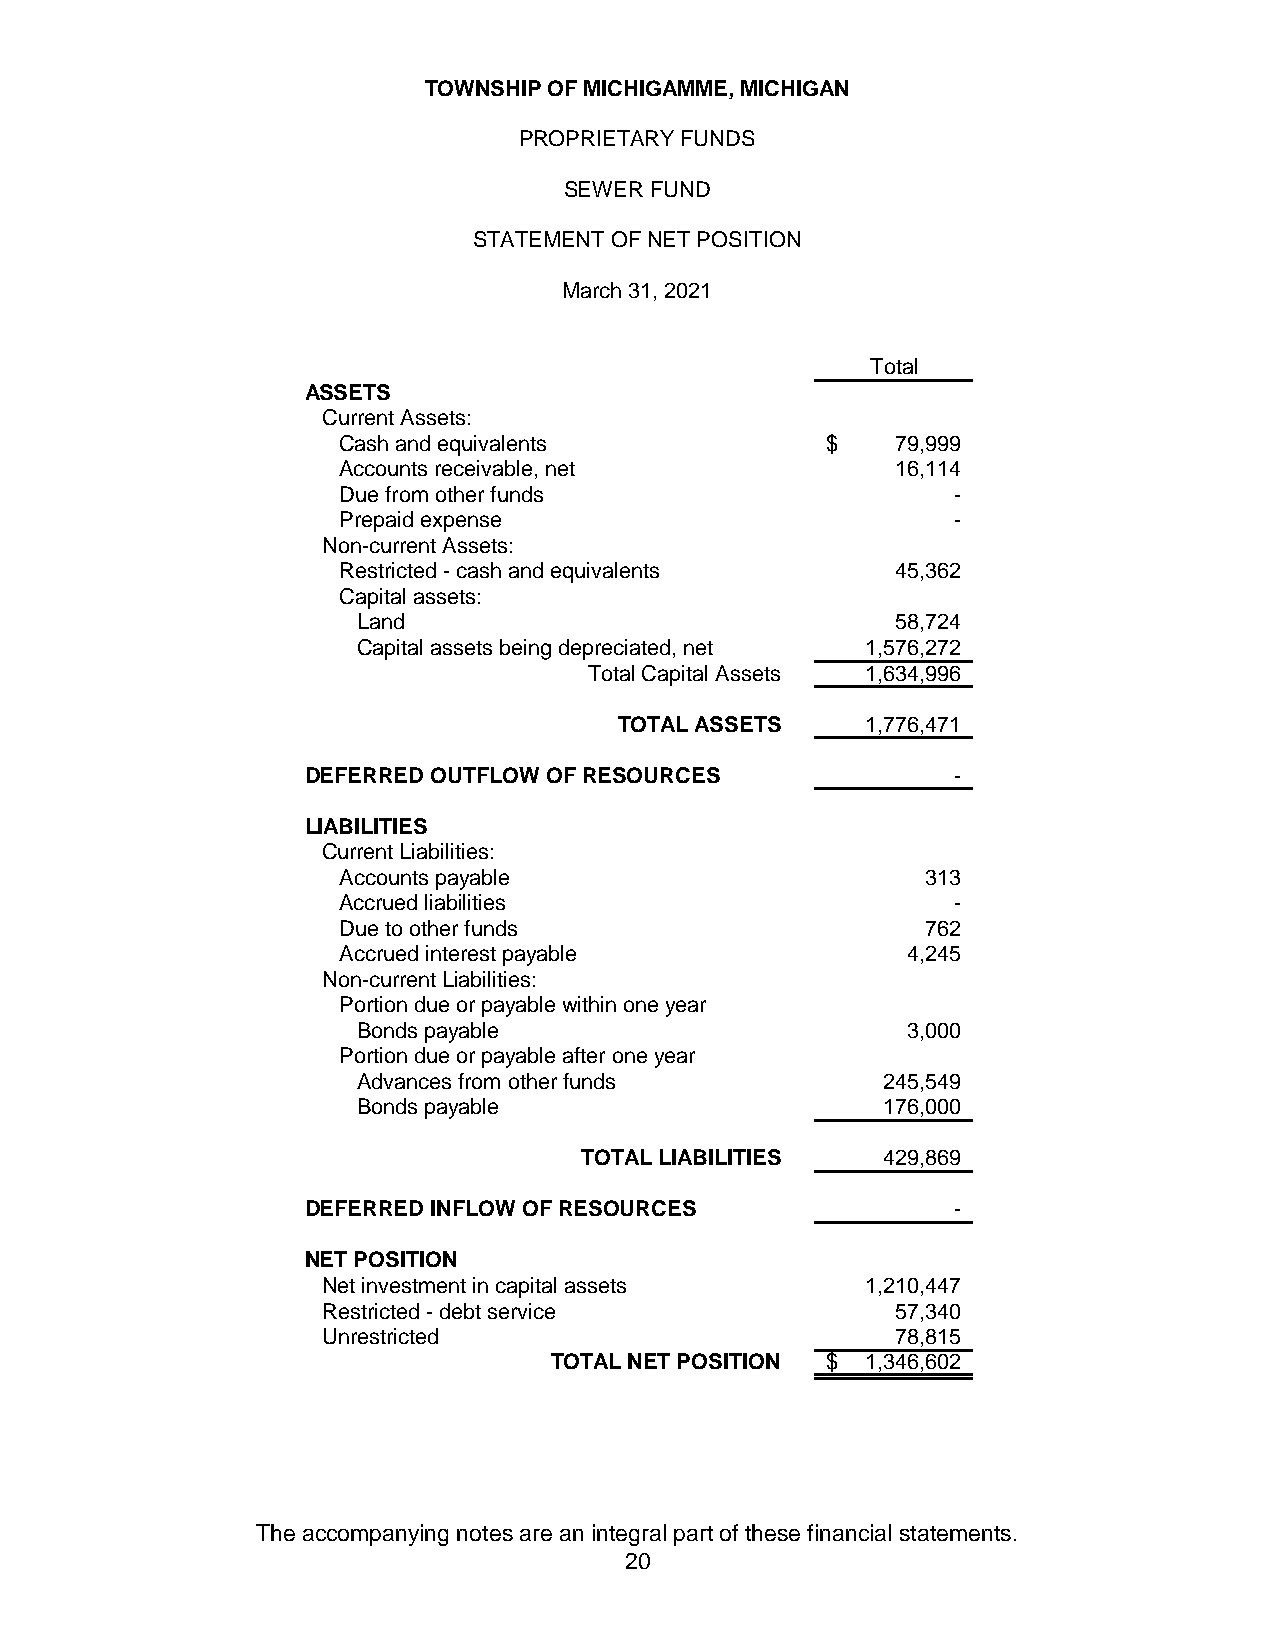
TOWNSHIP OF MICHIGAMME, MICHIGAN
 PROPRIETARY FUNDS
 SEWER FUND
 STATEMENT OF NET POSITION
 March 31, 2021
 Total
 ASSETS
 Current Assets:
 Cash and equivalents             $   79,999
 Accounts receivable, net             16,114
 Due from other funds                     -
 Prepaid expense                          -
 Non-current Assets:
 Restricted - cash and equivalents    45,362
 Capital assets:
 Land                               58,724
 Capital assets being depreciated, net 1,576,272
 Total Capital Assets 1,634,996
 TOTAL ASSETS    1,776,471
 DEFERRED OUTFLOW OF RESOURCES              -
 LIABILITIES
 Current Liabilities:
 Accounts payable                       313
 Accrued liabilities                      -
 Due to other funds                     762
 Accrued interest payable              4,245
 Non-current Liabilities:
 Portion due or payable within one year
 Bonds payable                       3,000
 Portion due or payable after one year
 Advances from other funds         245,549
 Bonds payable                     176,000
 TOTAL LIABILITIES   429,869
 DEFERRED INFLOW OF RESOURCES               -
 NET POSITION
 Net investment in capital assets    1,210,447
 Restricted - debt service             57,340
 Unrestricted                          78,815
 TOTAL NET POSITION $ 1,346,602
 The accompanying notes are an integral part of these financial statements.
 20